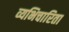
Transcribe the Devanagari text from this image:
व्यभिचारिता